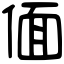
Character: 偭